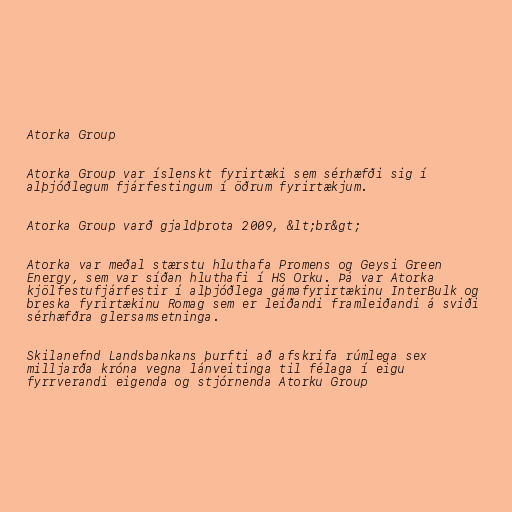
Atorka Group

Atorka Group var íslenskt fyrirtæki sem sérhæfði sig í
alþjóðlegum fjárfestingum í öðrum fyrirtækjum.

Atorka Group varð gjaldþrota 2009, &lt;br&gt;

Atorka var meðal stærstu hluthafa Promens og Geysi Green
Energy, sem var síðan hluthafi í HS Orku. Þá var Atorka
kjölfestufjárfestir í alþjóðlega gámafyrirtækinu InterBulk og
breska fyrirtækinu Romag sem er leiðandi framleiðandi á sviði
sérhæfðra glersamsetninga.

Skilanefnd Landsbankans þurfti að afskrifa rúmlega sex
milljarða króna vegna lánveitinga til félaga í eigu
fyrrverandi eigenda og stjórnenda Atorku Group